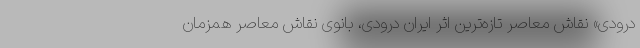
درودی» نقاش معاصر تازه‌ترین اثر ایران درودی، بانوی نقاش معاصر همزمان